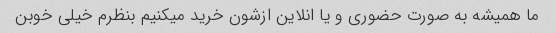
ما همیشه به صورت حضوری و یا انلاین ازشون خرید میکنیم بنظرم خیلی خوبن